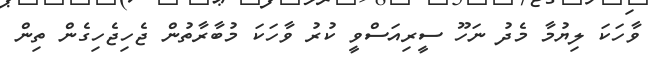
ވާހަކަ ލިޔުމާ މެދު ނަހޫ ސީރިއަސްވީ ކުރު ވާހަކަ މުބާރާތުން ޖެހިޖެހިގެން ތިން